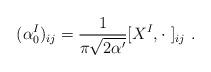
LaTeX: \begin{align*}(\alpha_0^I)_{ij}=\frac{1}{\pi\sqrt{2\alpha'}}[X^I,\cdot \ ]_{ij} \ .\end{align*}